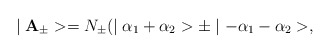
\begin{align*}\mid {\bf A}_{\pm}>=N_{\pm} (\mid \alpha_{1}+\alpha_{2}>\pm \mid -\alpha_{1}-\alpha_{2}>,\end{align*}